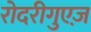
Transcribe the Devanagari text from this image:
रोदरीगुएज़